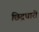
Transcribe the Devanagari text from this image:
छिद्रधारी